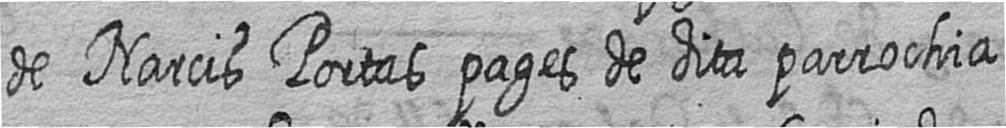
de Narcis Portas pages de dita parrochia